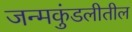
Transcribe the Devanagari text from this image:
जन्मकुंडलीतील